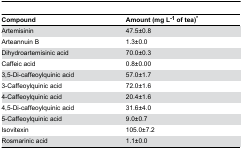
| Compound | Amount (mg L-1 of tea)* |
 | --- | --- |
 | Artemisinin | 47.5±0.8 |
 | Arteannuin B | 1.3±0.0 |
 | Dihydroartemisinic acid | 70.0±0.3 |
 | Caffeic acid | 0.8±0.00 |
 | 3,5-Di-caffeoylquinic acid | 57.0±1.7 |
 | 3-Caffeoylquinic acid | 72.0±1.6 |
 | 4-Caffeoylquinic acid | 20.4±1.6 |
 | 4,5-Di-caffeoylquinic acid | 31.6±4.0 |
 | 5-Caffeoylquinic acid | 9.0±0.7 |
 | Isovitexin | 105.0±7.2 |
 | Rosmarinic acid | 1.1±0.0 |